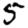
Digit: 5